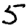
Digit: 5